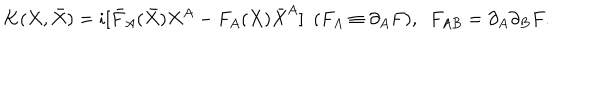
K ( X , \bar { X } ) = i [ \bar { F } _ { A } ( \bar { X } ) X ^ { A } - F _ { A } ( X ) \bar { X } ^ { A } ] \ \ ( F _ { A } \equiv \partial _ { A } F ) , \ \ F _ { A B } = \partial _ { A } \partial _ { B } F .